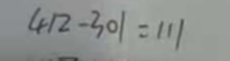
4 1 2 - 3 0 1 = 1 1 1